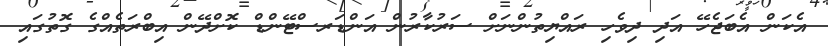
އެކަން އެބަޖެހޭ އަދި ދިވެހި ރައްޔިތުންނަށް ސަރުކާރުން އަންޑަރސްޓޭންޑް ކޮށްދޭން އިބްރަތެއްގެ ގޮތުގައި